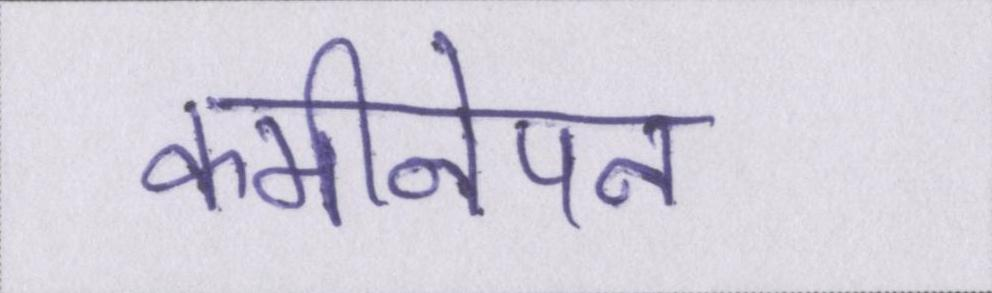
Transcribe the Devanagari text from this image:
कमीनेपन